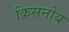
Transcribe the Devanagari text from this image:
क्रिसनोय